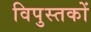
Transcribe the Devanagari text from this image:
विपुस्तकों